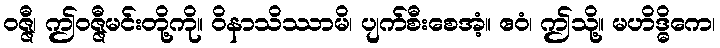
ဝဇ္ဇီ၊ ဤဝဇ္ဇီမင်းတို့ကို။ ဝိနာသိဿာမိ၊ ပျက်စီးစေအံ့။ ဧဝံ၊ ဤသို့။ မဟိဒ္ဓိကေ၊